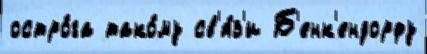
остро́га тако́му св'я́з'и Б'енк'ендорфу